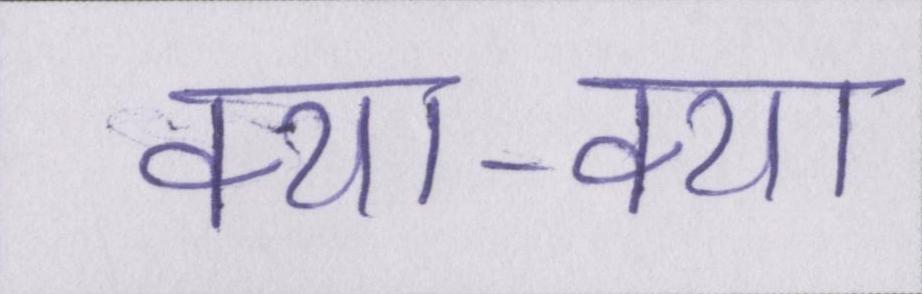
क्या-क्या